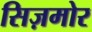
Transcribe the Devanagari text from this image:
सिज़मोर